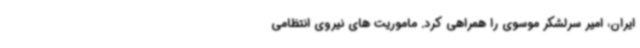
ایران، امیر سرلشکر موسوی را همراهی کرد. ماموریت های نیروی انتظامی